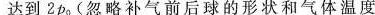
达到2p0(忽略补气前后球的形状和气体温度